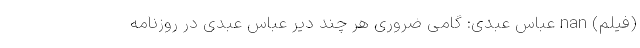
(فیلم) nan عباس عبدی: گامی ضروری هر چند دیر عباس عبدی در روزنامه